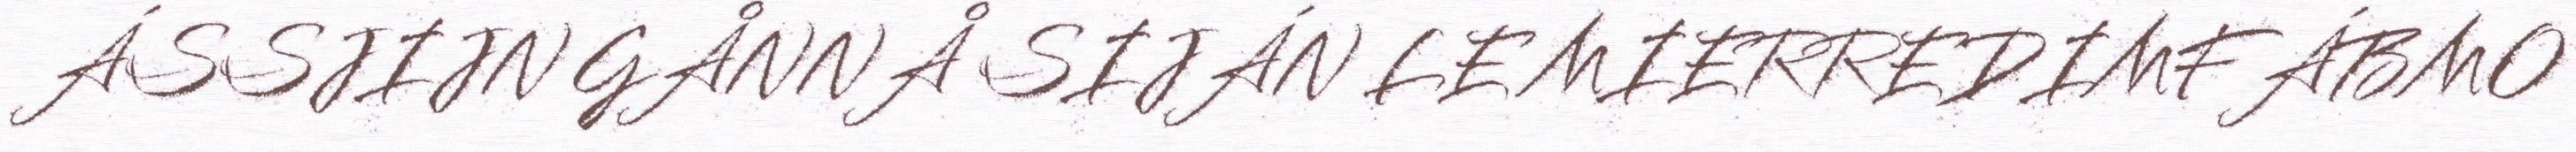
ÁSSJIJN GÅNNÅ SIJÁN LE MIERREDIMFÁBMO